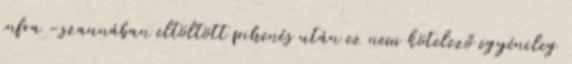
infra -szaunában eltöltött pihenés után ez nem kötelező egyénileg